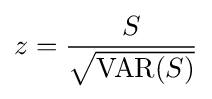
z={\frac {S}{\sqrt {\operatorname {VAR} (S)}}}